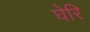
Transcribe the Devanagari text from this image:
घेरि